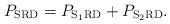
LaTeX: \begin{align*}P_{\mathrm{SRD}} = P_{\mathrm{S}_{1}\mathrm{R}\mathrm{D}} + P_{\mathrm{S}_{2}\mathrm{R}\mathrm{D}}.\end{align*}